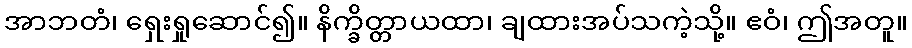
အာဘတံ၊ ရှေးရှုဆောင်၍။ နိက္ခိတ္တာယထာ၊ ချထားအပ်သကဲ့သို့။ ဧဝံ၊ ဤအတူ။